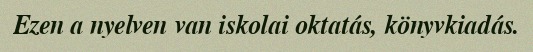
Ezen a nyelven van iskolai oktatás, könyvkiadás.